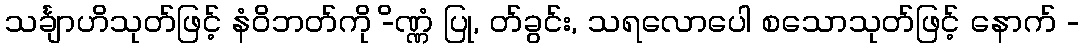
သင်္ချာဟိသုတ်ဖြင့် နံဝိဘတ်ကို -ိဏ္ဏံ ပြု, တ်ခွင်း, သရလောပေါ စသောသုတ်ဖြင့် နောက် -